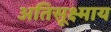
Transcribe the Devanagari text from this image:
अतिसूक्ष्माय